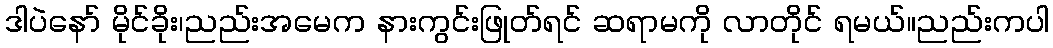
ဒါပဲနော် မိုင်ခိုး၊ညည်းအမေက နားကွင်းဖြုတ်ရင် ဆရာမကို လာတိုင် ရမယ်။ညည်းကပါ